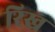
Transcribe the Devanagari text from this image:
रिख